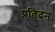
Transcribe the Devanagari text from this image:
प्रतिदन